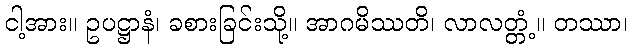
ငါ့အား။ ဥပဋ္ဌာနံ၊ ခစားခြင်းသို့။ အာဂမိဿတိ၊ လာလတ္တံ့။ တဿာ၊